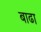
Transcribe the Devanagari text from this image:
बाढा